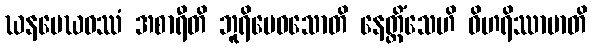
ဃနမေဃဝဿံ အစာရီတိ ဘူရိမေဓသောတိ နေတ္တိံသေဟိ ဝိဟရိဿာမာတိ